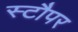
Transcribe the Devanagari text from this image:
स्टौपर